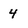
Character: 4